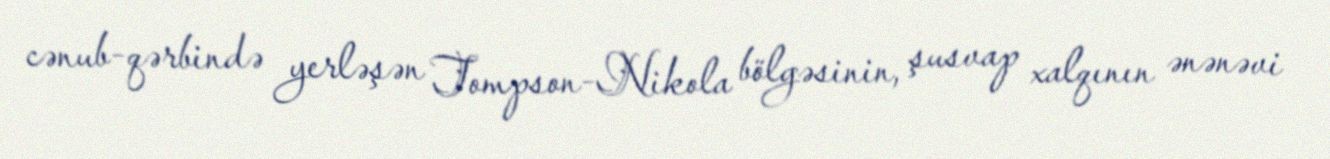
cənub-qərbində yerləşən Tompson-Nikola bölgəsinin, şusvap xalqının ənənəvi